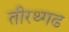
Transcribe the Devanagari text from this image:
तीरथ्गढ